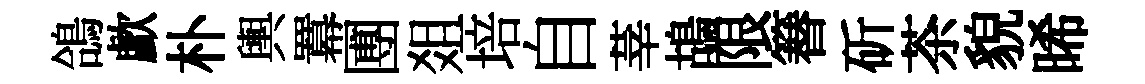
鴿歔朴輿羃圑爼培自莘鴣限簮斫茶貌晞